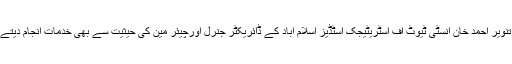
جناب تنویر احمد خان انسٹی ٹیوٹ آف اسٹریٹیجک اسٹڈیز اسلام آباد کے ڈائریکٹر جنرل اورچیئر مین کی حیثیت سے بھی خدمات انجام دیتے رہے۔